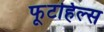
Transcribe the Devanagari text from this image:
फूटहिल्स